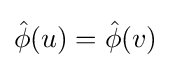
{\hat {\phi }}(u)={\hat {\phi }}(v)